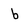
Character: b